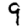
Digit: 9